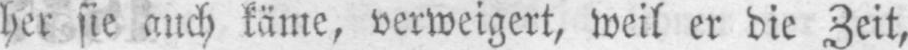
her sie auch käme, verweigert, weil er die Zeit,